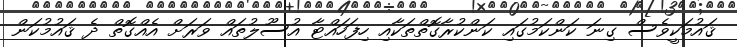
ޤައުމަކީވެސް ގިނަ ކަންކަމުގައި ކަންކުރާގޮތްތަކާއި ހިފަހައްޓާ އުސޫލުތައް ވަރަށް އެއްގޮތް ދެ ޤައުމުކަން